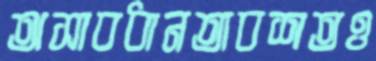
অসাবধানতাবশতও